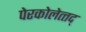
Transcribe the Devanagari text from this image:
पेरकोलेत्त्द्